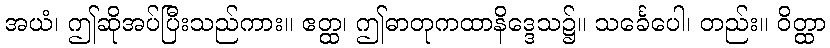
အယံ၊ ဤဆိုအပ်ပြီးသည်ကား။ ဧတ္ထ၊ ဤဓာတုကထာနိဒ္ဒေသ၌။ သင်္ခေပေါ၊ တည်း။ ဝိတ္ထာ